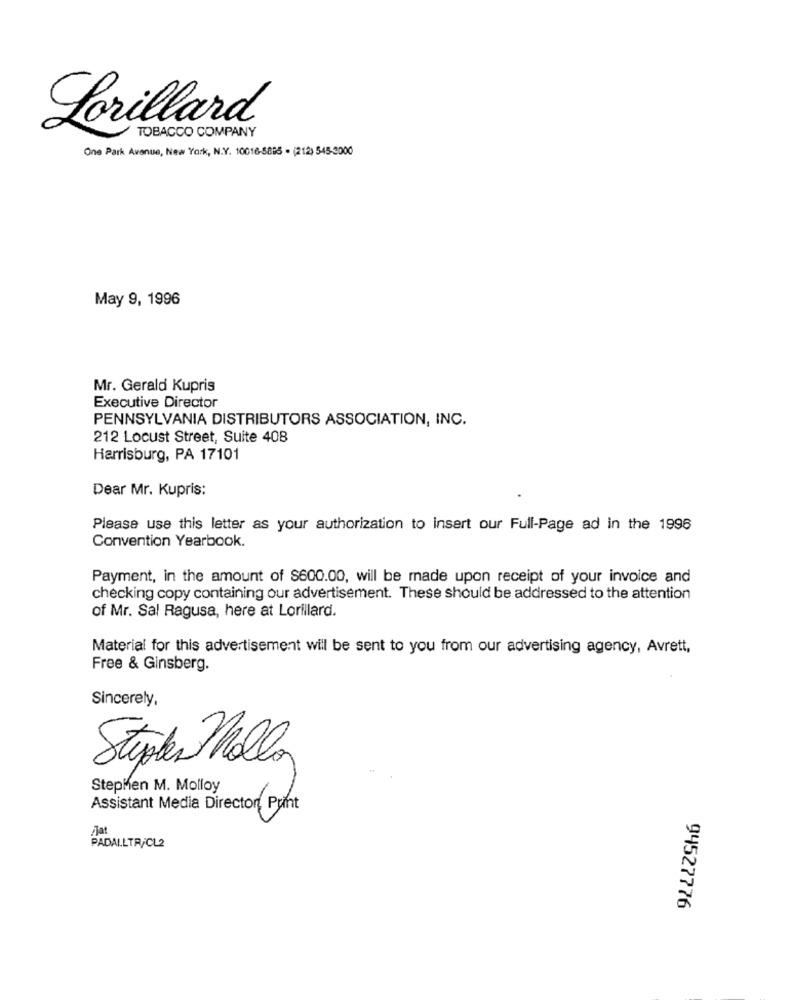
Lorillard
TOBACCO COMPANY
One Park Avenue, New York, N.Y. 10016-5895 . (212) 545-3000
May 9, 1996
Mr. Gerald Kupris
Executive Director
PENNSYLVANIA DISTRIBUTORS ASSOCIATION, INC.
212 Locust Street, Suite 408
Harrisburg, PA 17101
Dear Mr. Kupris:
Please use this letter as your authorization to insert our Full-Page ad in the 1996
Convention Yearbook.
Payment, in the amount of $600.00, will be made upon receipt of your invoice and
checking copy containing our advertisement. These should be addressed to the attention
of Mr. Sal Ragusa, here at Lorillard.
Material for this advertisement will be sent to you from our advertising agency, Avrett,
Free & Ginsberg.
Sincerely,
Styrker Molly
Stephen M. Molloy
Assistant Media Director, Print
PADALLTR/CL2
94527776